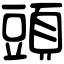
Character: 頭